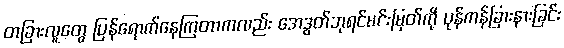
တခြားလူတွေ ပြန်ရောက်နေကြတာကလည်း အေဒွတ်ဘုရင်မင်းမြတ်ကို ပုန်ကန်ခြားနားခြင်း